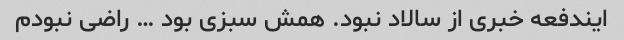
ایندفعه خبری از سالاد نبود. همش سبزی بود … راضی نبودم